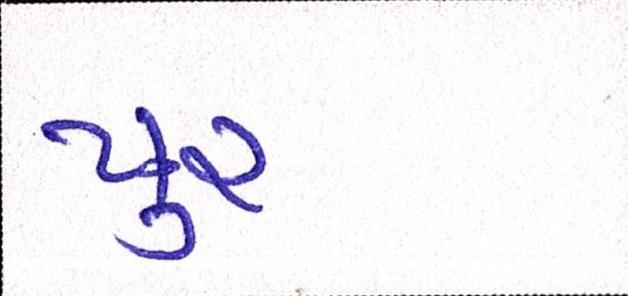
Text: પુર